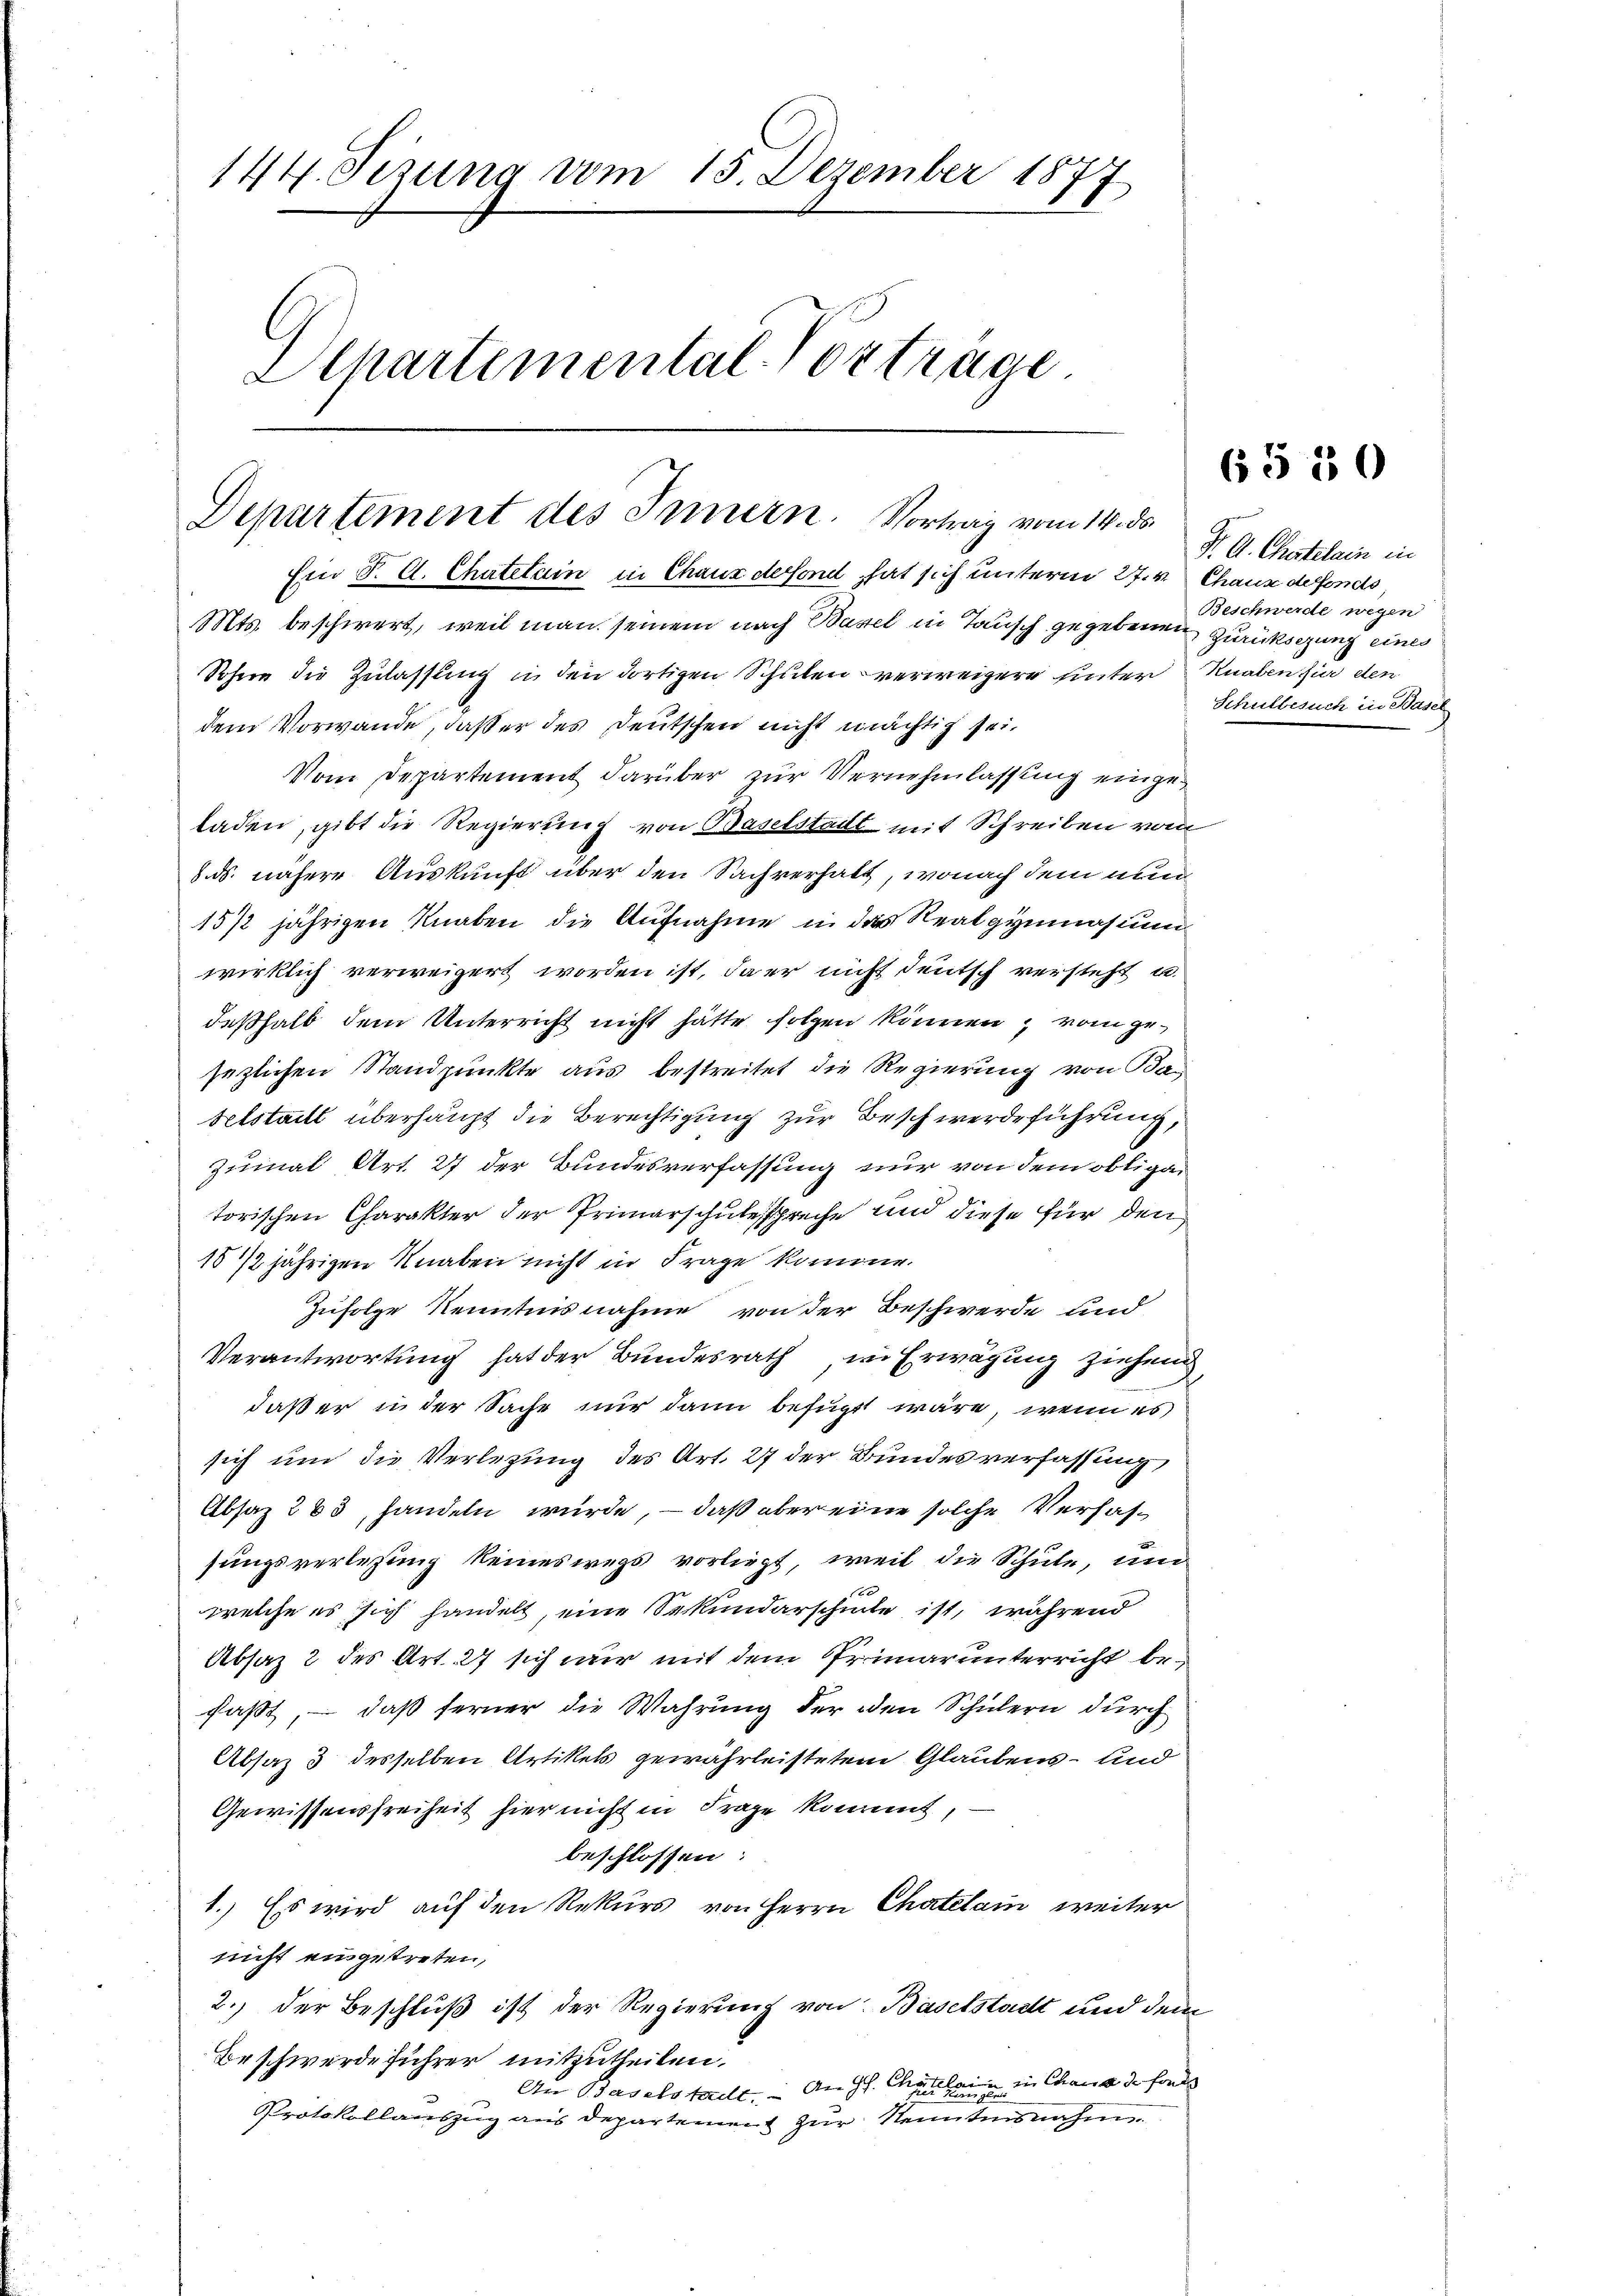
144. Sezung vom 15. Dezember 1877
Departemental-Vorträge.

Departement des Innern. Vortrag vom 14. ds.

Ein S. A. Chatelain in Chaux dessend, hat sich unterm 27. v. Chaux defonds,
Mts. beschwert, weil man seinem nach Basel in Tausch gegebenen Zurücksezung eines
Sohne die Zulassung in den dortigen Schulen verweigere hinter Knaben für den
dem Vorwande, daß er des Deutschen nicht mächtig sei.
Vom Departement darüber zur Vernehmlassung eingeladen, gibt die Regierung von Baselstadt mit Schreiben vom
8. ds. nähere Auskunft über den Sachverhalt, wonach dem nun
15/2 jährigen Knaben die Aufnahme in das Realgymnasium
wirklich verweigert worden ist, da er nicht deutsch versteht u.
deßhalb dem Unterricht nicht hätte folgen können, vom gesezlichen Standpunkte aus bestreitet die Regierung von Baselstadtl überhaupt die Berechtigung zur Beschwerdeführung,
zumal Art. 21 der Bundesverfassung nur von dem obliga-
torischen Charakter der Primarschulesspreche und diese für den
1812 jährigen Knaben nicht in Frage komme.
Zufolge Kenntnisnahme von der Beschwerde und
Verantwortung hat der Bundesrath, in Erwägung ziehen,
daß er in der Sache nur dann befugt wäre, wenn es
sich um die Verlegung des Art. 27 der Bundesverfassung,
Absaz 263, handeln würde, – daß aber eine solche Verhafsungsverlesung keineswegs vorliegt, weil die Schule, um
t
welche es sich handelt, eine Sekundarschinte ist, während
Absatz 2 des Art. 27 sich nur mit dem Primarunterricht befaßt, – daß ferner die Wahrung der den Schülern durch
Absaz 3 desselben Artikels gewährleistetem Glaubens- und
Gewissensfreiheit hier nicht in Frage kommt,
beschlossen
1.) Es wird auf den Rekurs von Herrn Chatelam weiter
nicht eingetreten,
2.) Der Beschluß ist der Regierung von Baselstadt und dem
Beschwerde führer mitzutheilen.
An Baselstadt. An Hs. Cäulein in Chaus de fonds
Protokollauszug aus Departement zur Kenntensnahm

65 50

F. G. Chatelain in
Beschwerde wegen
Schulbesuch in Basel